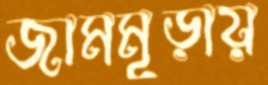
জামমূড়ায়